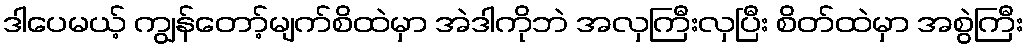
ဒါပေမယ့် ကျွန်တော့်မျက်စိထဲမှာ အဲဒါကိုဘဲ အလှကြီးလှပြီး စိတ်ထဲမှာ အစွဲကြီး